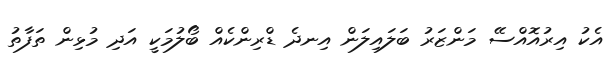
އެކު އިރުއޮއްސޭ މަންޒަރު ބަލައިލަން އިނދެ ޑްރިންކެއް ބޯލުމަކީ އަދި މުޅިން ތަފާތު